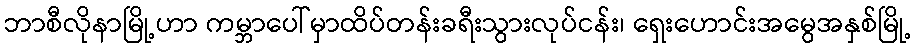
ဘာစီလိုနာမြို့ဟာ ကမ္ဘာပေါ်မှာထိပ်တန်းခရီးသွားလုပ်ငန်း၊ ရှေးဟောင်းအမွေအနှစ်မြို့